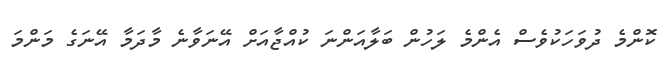
ކޮންމެ ދުވަހަކުވެސް އެންމެ ލަހުން ބަލާއަންނަ ކުއްޖާއަށް އޭނަވާނެ މާދަމާ އޭނަގެ މަންމަ